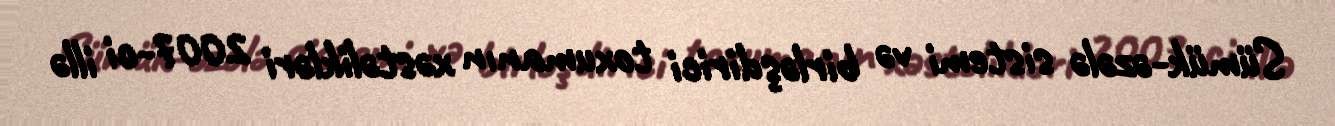
Sümük-əzələ sistemi və birləşdirici toxumanın xəstəlikləri 2007-ci illə